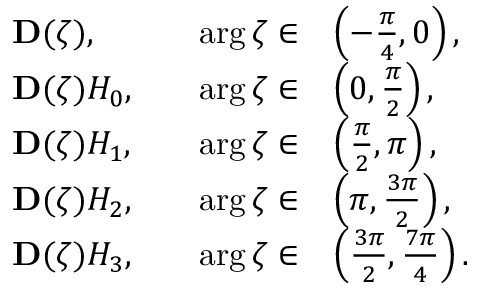
\begin{array} { r l r l } & { \mathbf { D } ( \zeta ) , \quad } & { \arg \zeta \in } & { \left( - \frac { \pi } { 4 } , 0 \right) , } \\ & { \mathbf { D } ( \zeta ) H _ { 0 } , \quad } & { \arg \zeta \in } & { \left( 0 , \frac { \pi } { 2 } \right) , } \\ & { \mathbf { D } ( \zeta ) H _ { 1 } , \quad } & { \arg \zeta \in } & { \left( \frac { \pi } { 2 } , \pi \right) , } \\ & { \mathbf { D } ( \zeta ) H _ { 2 } , \quad } & { \arg \zeta \in } & { \left( \pi , \frac { 3 \pi } { 2 } \right) , } \\ & { \mathbf { D } ( \zeta ) H _ { 3 } , \quad } & { \arg \zeta \in } & { \left( \frac { 3 \pi } { 2 } , \frac { 7 \pi } { 4 } \right) . } \end{array}